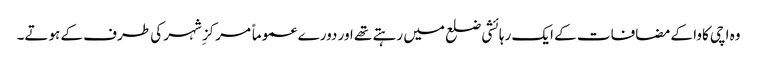
وہ اچی کاوا کے مضافات کے ایک رہائشی ضلع میں رہتے تھے اور دورے عموماً مرکزِ شہر کی طرف کے ہوتے۔